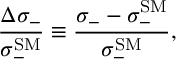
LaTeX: \frac { \Delta \sigma _ { - } } { \sigma _ { - } ^ { \mathrm { S M } } } \equiv \frac { \sigma _ { - } - \sigma _ { - } ^ { \mathrm { S M } } } { \sigma _ { - } ^ { \mathrm { S M } } } ,